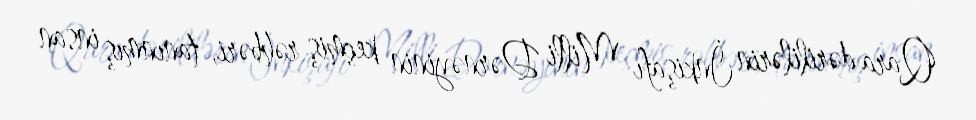
Qara dərililərin İnkişafı Milli Dərnəyinin keçmiş rəhbəri, tanınmış insan